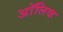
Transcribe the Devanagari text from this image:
अाॅलिव्ह